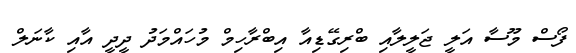
ފޯސް މޫސާ އަލީ ޖަލީލާއި ބްރިގޭޑިއާ އިބްރާހިމް މުހައްމަދު ދީދީ އާއި ކާނަލް